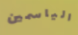
الياسمين